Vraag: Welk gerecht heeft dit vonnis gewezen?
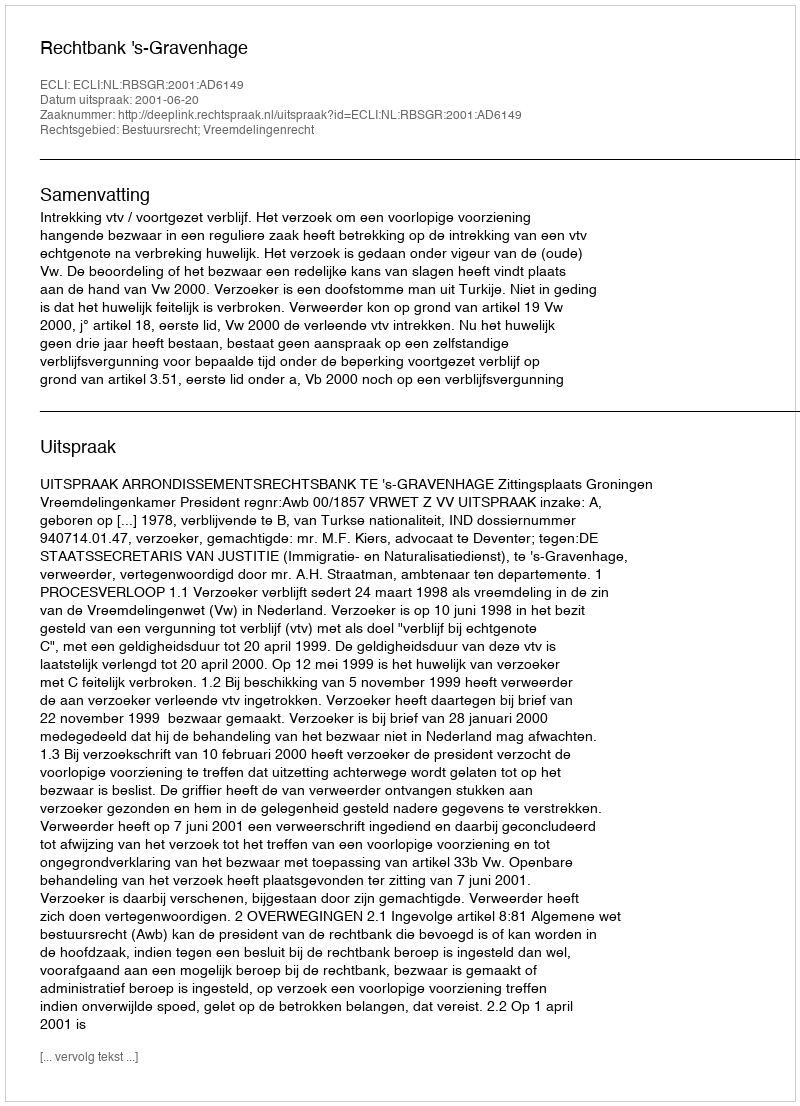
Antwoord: Rechtbank 's-Gravenhage